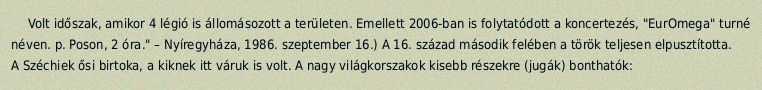
Volt időszak, amikor 4 légió is állomásozott a területen. Emellett 2006-ban is folytatódott a koncertezés, "EurOmega" turné néven. p. Poson, 2 óra." – Nyíregyháza, 1986. szeptember 16.) A 16. század második felében a török teljesen elpusztította. A Széchiek ősi birtoka, a kiknek itt váruk is volt. A nagy világkorszakok kisebb részekre (jugák) bonthatók: